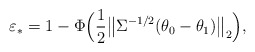
\begin{align*}\varepsilon_* = 1-\Phi\Big(\frac12\big\|\Sigma^{-1/2}(\theta_0-\theta_1)\big\|_2\Big),\end{align*}